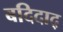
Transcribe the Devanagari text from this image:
बदिदाद्